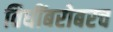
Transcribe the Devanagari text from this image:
विधींबरोबरच